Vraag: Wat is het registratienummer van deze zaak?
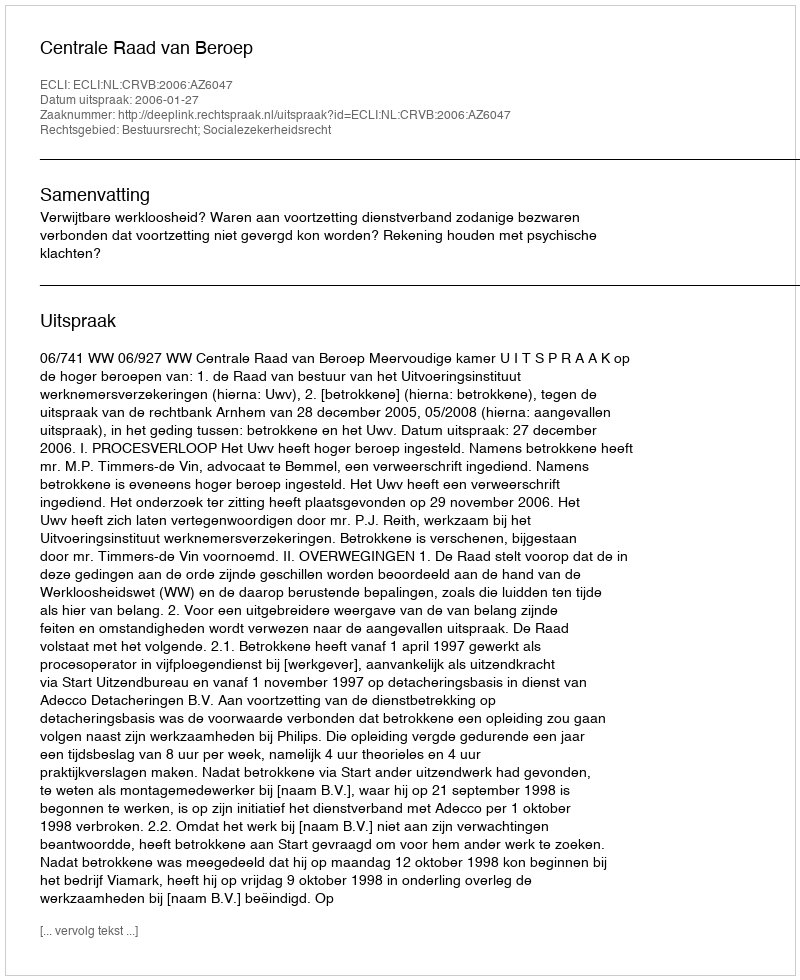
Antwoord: http://deeplink.rechtspraak.nl/uitspraak?id=ECLI:NL:CRVB:2006:AZ6047